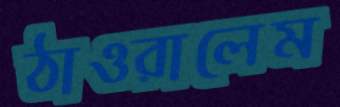
ঠাওরালেম